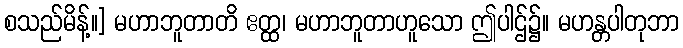
စသည်မိန့်။] မဟာဘူတာတိ ဧတ္ထ၊ မဟာဘူတာဟူသော ဤပါဌ်၌။ မဟန္တပါတုဘာ